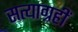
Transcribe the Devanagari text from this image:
सत्याग्रहीं